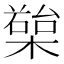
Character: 𣚱